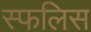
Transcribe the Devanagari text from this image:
स्फलिस